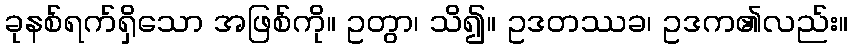
ခုနစ်ရက်ရှိသော အဖြစ်ကို။ ဥတွာ၊ သိ၍။ ဥဒတဿခ၊ ဥဒက၏လည်း။